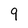
Character: 9